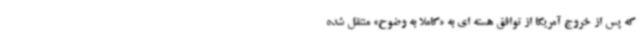
که پس از خروج آمریکا از توافق هسته ای به «کاملا به وضوح» منتقل شده